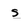
Character: s